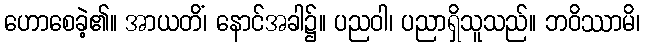
ဟောစေခဲ့၏။ အာယတိံ၊ နောင်အခါ၌။ ပညဝါ၊ ပညာရှိသူသည်။ ဘဝိဿာမိ၊